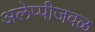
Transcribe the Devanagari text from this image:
अलेप्पीजवळ